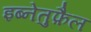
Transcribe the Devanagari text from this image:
इब्नेतुफ़ैल